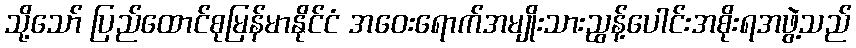
သို့သော် ပြည်ထောင်စုမြန်မာနိုင်ငံ အဝေးရောက်အမျိုးသားညွန့်ပေါင်းအစိုးရအဖွဲ့သည်